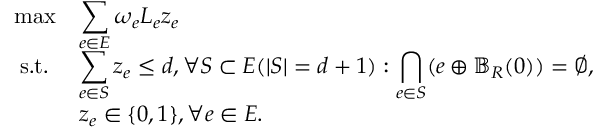
\begin{array} { r l } { \operatorname* { m a x } } & { \displaystyle \sum _ { e \in E } \omega _ { e } L _ { e } z _ { e } } \\ { \mathrm { s . t . ~ } } & { \displaystyle \sum _ { e \in S } z _ { e } \leq d , \forall S \subset E ( | S | = d + 1 ) : \bigcap _ { e \in S } ( e \oplus \mathbb { B } _ { R } ( 0 ) ) = \emptyset , } \\ & { z _ { e } \in \{ 0 , 1 \} , \forall e \in E . } \end{array}